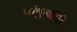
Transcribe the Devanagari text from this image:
पांगुळांनी